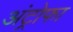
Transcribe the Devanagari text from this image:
अंट्रोफा